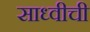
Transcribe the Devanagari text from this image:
साध्वीची